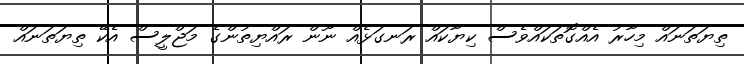
ތިޔަތަނައް މިހާރު އެއްގޮތަކައްވެސް ކިޔާކައް ރަނގަޅެއް ނޫން ރައްޔިތުންގެ މަޖްލީސް އެކޭ ތިޔަތަނައް